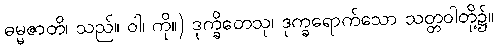
ဓမ္မဇာတိ၊ သည်။ ဝါ၊ ကို။) ဒုက္ခိတေသု၊ ဒုက္ခရောက်သော သတ္တဝါတို့၌။